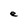
Character: e